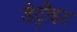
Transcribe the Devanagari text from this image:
डेट्रौइट